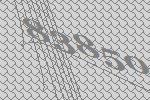
83850